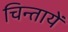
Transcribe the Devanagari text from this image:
चिन्तायें